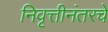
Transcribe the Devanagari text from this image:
निवृत्तीनंतरचे